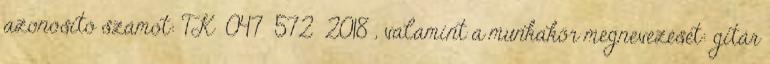
azonosító számot: TK 047 572 2018 , valamint a munkakör megnevezését: gitár